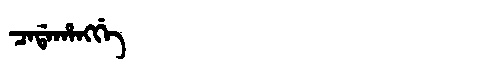
Manchu: ᠴᠠᡩᠠᡥᠠᠩᡤᡝ
Romanization: CADAHANGGE